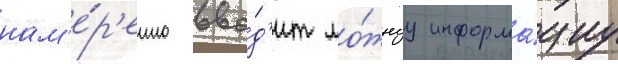
нам'е́р'енно вво́д'ит ло́жнуу информа́циу